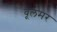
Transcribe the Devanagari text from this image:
वूलमर